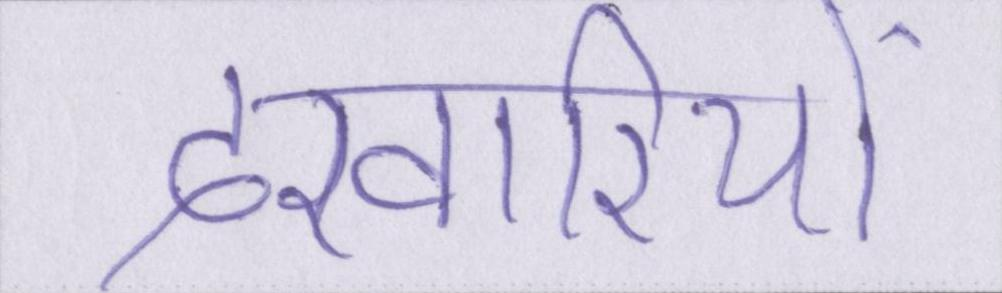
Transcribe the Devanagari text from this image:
दरबारियों